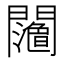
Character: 𨷉